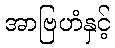
အာဗြဟံနှင့်